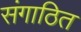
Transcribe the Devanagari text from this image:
संगाठित